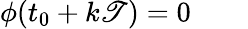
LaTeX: \phi(t_{0}+k\mathscr{T})=0\quad\quad{}